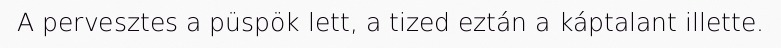
A pervesztes a püspök lett, a tized eztán a káptalant illette.